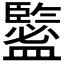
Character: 𥃉